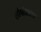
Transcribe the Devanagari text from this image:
लोखंडाला